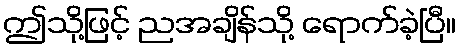
ဤသို့ဖြင့် ညအချိန်သို့ ရောက်ခဲ့ပြီ။